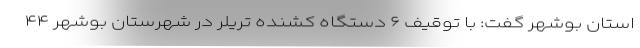
استان بوشهر گفت: با توقیف ۶ دستگاه کشنده تریلر در شهرستان بوشهر ۴۴